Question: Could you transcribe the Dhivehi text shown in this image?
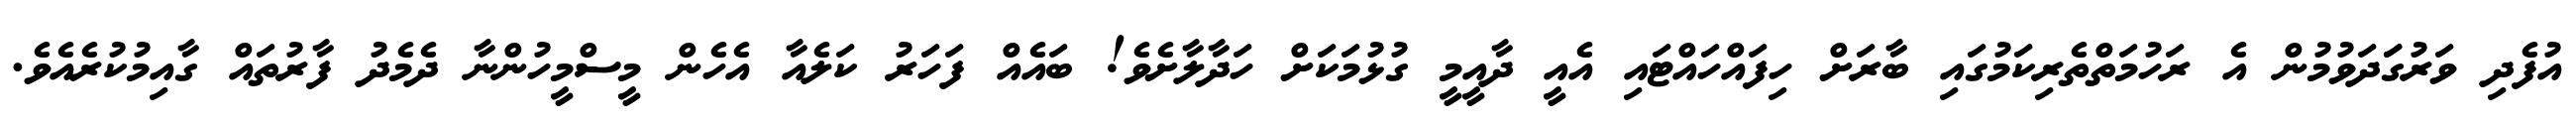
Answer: އުފެދި ވަރުގަަދަވުމުން އެ ރަހުމަތްތެރިކަމުގައި ބާރަށް ހިފައްހައްޓައި އެއީ ދާއީމީ ގުޅުމަކަށް ހަދާލާށެވެ! ބައެއް ފަހަރު ކަލެއާ އެހެން މީސްމީހުންނާ ދެމެދު ފާރުތައް ގާއިމުކުރެއެވެ.